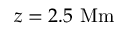
z = 2 . 5 \ \mathrm { M m }